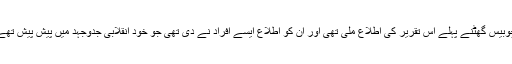
اس کے علاوہ عوام کی ایک بڑی تعداد وہ بھی تھی جسے صرف چوبیس گھٹنے پہلے اس تقریر کی اطلاع ملی تھی اور ان کو اطلاع ایسے افراد نے دی تھی جو خود انقلابی جدوجہد میں پیش پیش تھے اور مسلسل قم المقدس اور بیت امام ؒ سے رابطے میں رہتے تھے۔